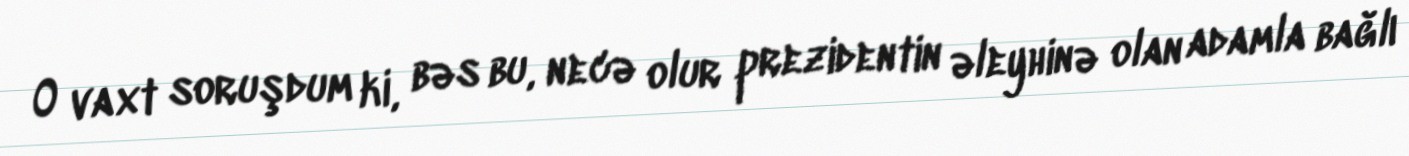
O vaxt soruşdum ki, bəs bu, necə olur prezidentin əleyhinə olan adamla bağlı